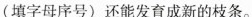
(填字母序号)还能发育成新的枝条。